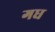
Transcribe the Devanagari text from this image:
गध